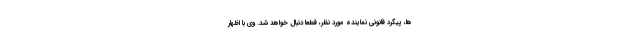
ها، پیگرد قانونی نماینده مورد نظر، قطعاً دنبال خواهد شد. وی با اظهار